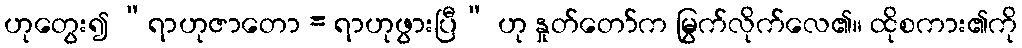
ဟုတွေး၍ “ရာဟုဇာတော = ရာဟုဖွားပြီ” ဟု နှုတ်တော်က မြွက်လိုက်လေ၏။ ထိုစကား၏ကို